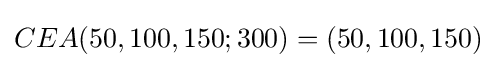
CEA(50,100,150;300)=(50,100,150)